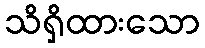
သိရှိထားသော